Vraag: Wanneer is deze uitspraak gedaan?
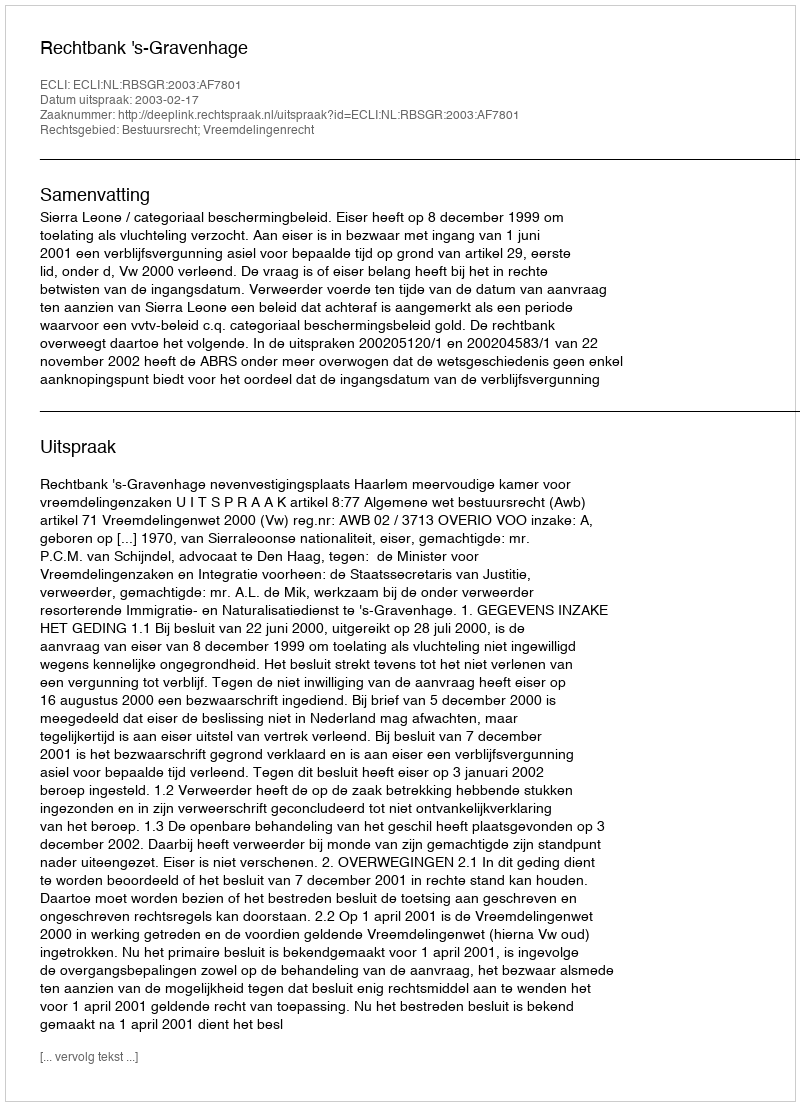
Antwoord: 2003-02-17